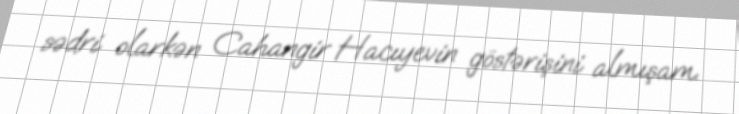
sədri olarkən Cahangir Hacıyevin göstərişini almışam.